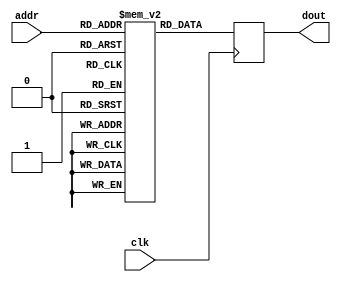
module keyrom (
  input            clk,
  input [9:0]     addr,
  output reg [7:0] dout,
);

  parameter MEM_INIT_FILE = "";
   
  reg [7:0] rom [0:1023];

  initial
    if (MEM_INIT_FILE != "")
      $readmemh(MEM_INIT_FILE, rom);
   
  always @(posedge clk) begin
    dout <= rom[addr];
  end

endmodule